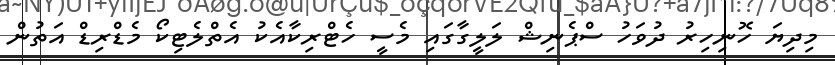
މިދިޔަ ހޮނިހިރު ދުވަހު ސްޕެނިޝް ލަލީގާގައި މެސީ ހެޓްރިކާއެކު އެތްލެޓިކޯ މެޑްރިޑް އަތުން